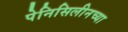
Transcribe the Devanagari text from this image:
पेनिसिलीनच्या